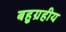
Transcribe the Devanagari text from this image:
बहुग्रहीय